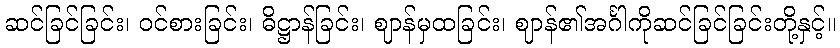
ဆင်ခြင်ခြင်း၊ ဝင်စားခြင်း၊ ဓိဋ္ဌာန်ခြင်း၊ ဈာန်မှထခြင်း၊ ဈာန်၏အင်္ဂါကိုဆင်ခြင်ခြင်းတို့နှင့်။